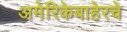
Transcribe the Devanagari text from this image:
अमेरिकेबाहेरचे